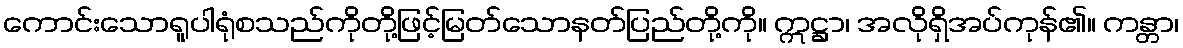
ကောင်းသောရူပါရုံစသည်ကိုတို့ဖြင့်မြတ်သောနတ်ပြည်တို့ကို။ ဣဋ္ဌာ၊ အလိုရှိအပ်ကုန်၏။ ကန္တာ၊